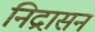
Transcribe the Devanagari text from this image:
निद्रासन